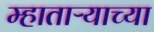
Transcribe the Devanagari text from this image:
म्हाताऱ्याच्या